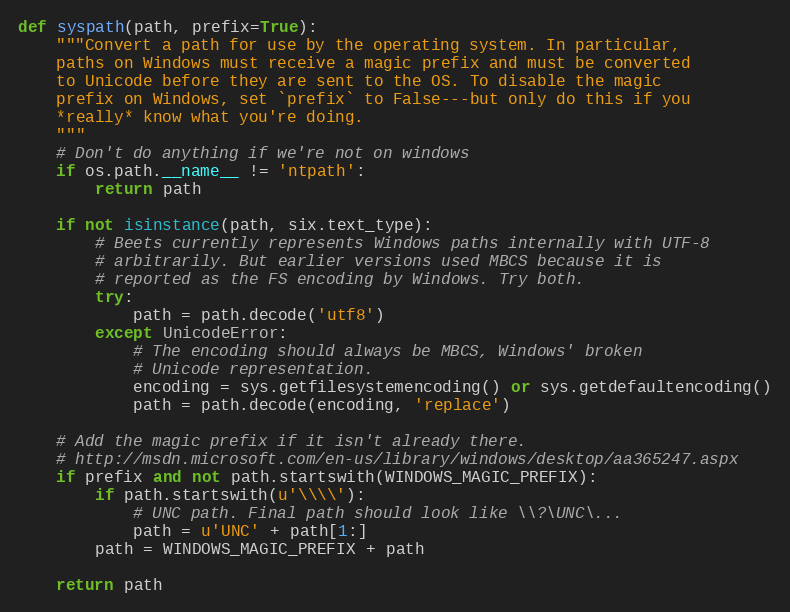
Language: Python
def syspath(path, prefix=True):
    """Convert a path for use by the operating system. In particular,
    paths on Windows must receive a magic prefix and must be converted
    to Unicode before they are sent to the OS. To disable the magic
    prefix on Windows, set `prefix` to False---but only do this if you
    *really* know what you're doing.
    """
    # Don't do anything if we're not on windows
    if os.path.__name__ != 'ntpath':
        return path

    if not isinstance(path, six.text_type):
        # Beets currently represents Windows paths internally with UTF-8
        # arbitrarily. But earlier versions used MBCS because it is
        # reported as the FS encoding by Windows. Try both.
        try:
            path = path.decode('utf8')
        except UnicodeError:
            # The encoding should always be MBCS, Windows' broken
            # Unicode representation.
            encoding = sys.getfilesystemencoding() or sys.getdefaultencoding()
            path = path.decode(encoding, 'replace')

    # Add the magic prefix if it isn't already there.
    # http://msdn.microsoft.com/en-us/library/windows/desktop/aa365247.aspx
    if prefix and not path.startswith(WINDOWS_MAGIC_PREFIX):
        if path.startswith(u'\\\\'):
            # UNC path. Final path should look like \\?\UNC\...
            path = u'UNC' + path[1:]
        path = WINDOWS_MAGIC_PREFIX + path

    return path